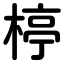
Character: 楟